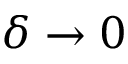
\delta \rightarrow 0